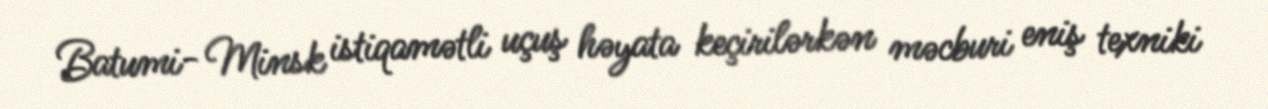
Batumi- Minsk istiqamətli uçuş həyata keçirilərkən məcburi eniş texniki